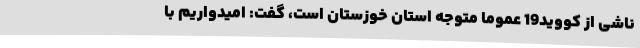
ناشی از کووید19 عموما متوجه استان خوزستان است، گفت: امیدواریم با